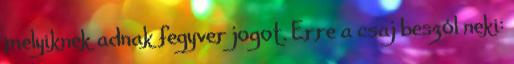
melyiknek adnak fegyver jogot. Erre a csaj beszól neki: